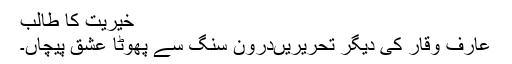
خیریت کا طالب
عارف وقار کی دیگر تحریریںدرون سنگ سے پھوٹا عشق پیچاں۔